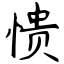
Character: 愦